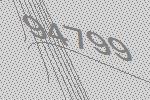
94799